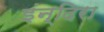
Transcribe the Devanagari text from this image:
इंन्दिरा